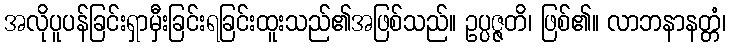
အလိုပူပန်ခြင်းရှာမှီးခြင်းရခြင်းထူးသည်၏အဖြစ်သည်။ ဥပ္ပဇ္ဇတိ၊ ဖြစ်၏။ လာဘနာနတ္တံ၊